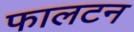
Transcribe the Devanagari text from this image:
फालटन